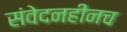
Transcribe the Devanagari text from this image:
संवेदनहीनच